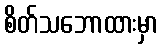
စိတ်သဘောထားမှာ